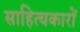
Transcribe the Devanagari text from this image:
साहित्‍यकारों